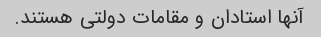
آنها استادان و مقامات دولتی هستند.